system: You are a helpful assistant.
user:
Analyze the provided spectrum to determine if it is a **M-type Giant (gM)**.

A M-type Giant spectrum is defined by its **strong molecular absorption** features, particularly from **Titanium Oxide (TiO)**. You must check for one of the following mutually exclusive signatures:

- **Key Visual Indicators (Absorption-Dominated Spectrum):**

    - **(Primary):** The spectrum is dominated by strong molecular absorption from **Titanium Oxide (TiO)**. This is the **defining feature** of its M-type temperature class.
        - **(Key Bandheads):** Look for sharp, "saw-tooth" absorption valleys. The strongest are located near **~7050 Å**, **~6160 Å**, and **~5170 Å**.
        - **(Line Profile):** The "saw-tooth" morphology is critical: a **sharp, steep drop on the BLUE (short-wavelength) side** of the bandhead, followed by a gradual recovery (rising flux) towards the RED (long-wavelength) side.

    - **(Key Confirmation - Giant vs. Dwarf):** **ABSENCE** of strong **Calcium Hydride (CaH)** molecular bands. This is the primary diagnostic for *excluding* M-dwarfs.
        - **(Key Region):** The spectrum should lack the strong, broad absorption band seen in dwarfs between **~6800 Å and ~7000 Å**.

    - **(Secondary Confirmation - Giant):** A very strong and broad **Neutral Calcium (Ca I)** atomic absorption line.
        - **(Key Line):** Located at **~4226 Å**. In a giant (gM), this line is significantly deeper and broader than the same line in an M-dwarf (dM) due to low surface gravity.

    - **(Overall Spectrum):**
        - The continuum is **extremely red-sloping** (i.e., flux is very low in the blue and rises dramatically towards the red).
        - The entire spectrum appears "chopped up" by the deep TiO bands.

Think first, call **spectral_visualization_tool** if needed to examine features in detail, then provide your final answer. Your response must adhere to the following strict rules:
1.  **Overall Structure:** Your response must follow the format `<think>...</think> <tool_call>...</tool_call> (if a tool is used) <answer>...</answer>`.
2.  **Tool Usage Constraint:** You may only make **one** tool call per turn.
3.  **Final Answer Format:** In the `<answer>` tag, your conclusion must be inside a `\boxed{}` command (e.g., `\boxed{YES}` or `\boxed{NO}`), followed by your justification.

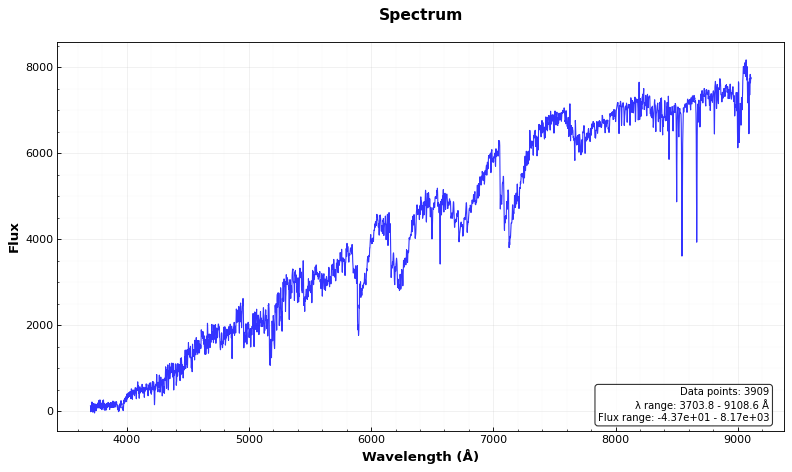
Answer: YES